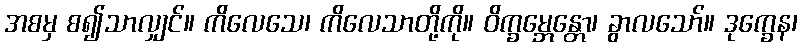
အစမှ စ၍သာလျှင်။ ကိလေသေ၊ ကိလေသာတို့ကို။ ဝိက္ခမ္ဘေန္တော၊ ခွာလသော်။ ဒုက္ခေန၊